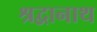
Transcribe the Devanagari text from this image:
श्रद्वानाथ